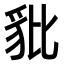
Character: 豼